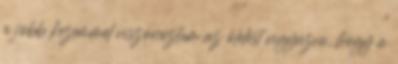
a jobb kezemmel viszonoztam az ölelést vigyázva, hogy a